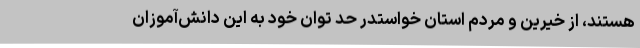
هستند، از خیرین و مردم استان خواستدر حد توان خود به این دانش‌آموزان